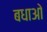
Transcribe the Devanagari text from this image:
बधाओ